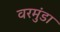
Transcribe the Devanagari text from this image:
वरमुंडा